Jaan_Tonisson_(Lasteleht), lk 196
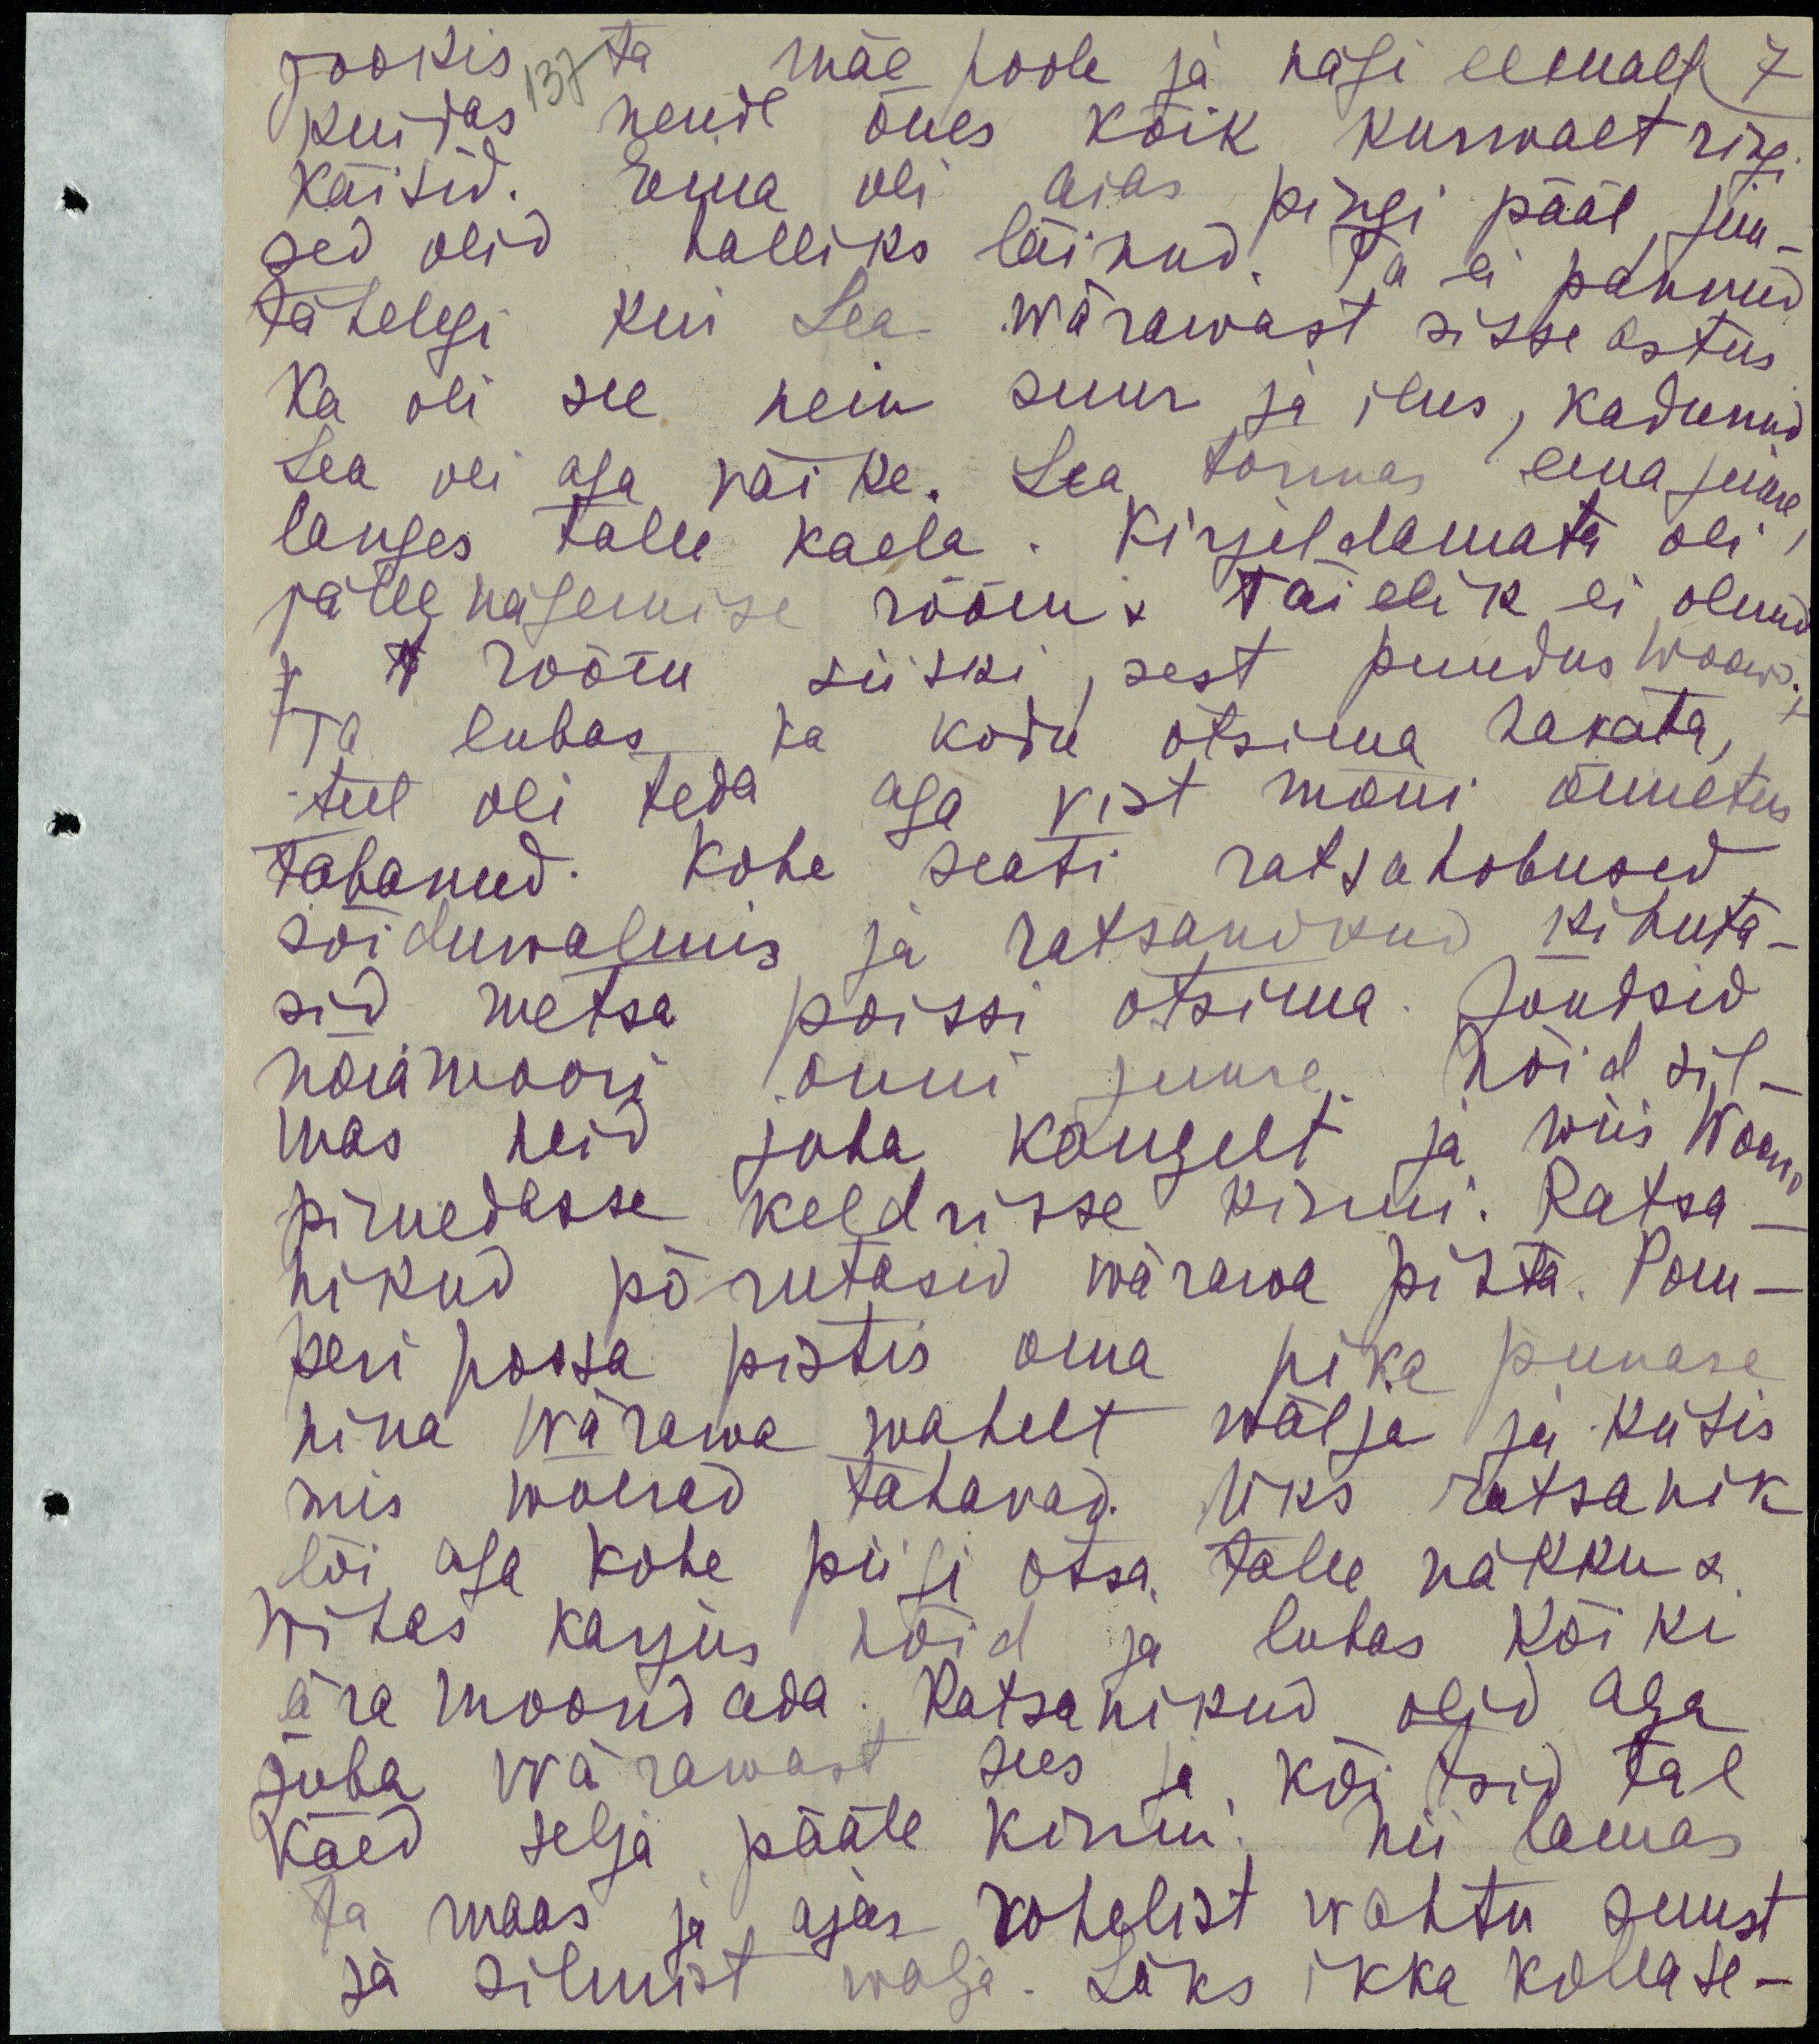
jooksis 137 ta mäe poole ja nägi eemalt 7
kuidas nende õues kõik kurwalt ringi
käisid. Ema oli aias pingi pääl, juu-
sed olid halliks läinud. Ta ei pannud
tähelegi kui Lea wärawast sisse astus.
Ka oli see sein suur ja ilus, kadunud
Lea oli aga väiike. Lea tormas ema juurde,
langes talle kaela. Kirjaldamata oli
palee nägemise rõõm. Täielik ei olnud
rõõm siiski, sest puudus Woowo.
Ta lubas ka kodu otsima hakata,
teel oli teda aga vist mõni õnnetus
tabanud. Kohe seati ratsahobused
sõiduvalmis ja ratsanikud kihuta-
sid metsa poissi otsima. Jõudsid
nõiamoori onni juurde. Nõid sil-
mas neid juba kaugelt ja wiis Woowo
pimedasse keldrisse kinni. Ratsa-
nikud pürutasid wärawa pihta. Pom-
peripossa pistis oma pika punase
nina wärawa wahelt wälja ja küsis
mis waesed tahavad, Üks ratsanik
lõi aga kohe piigi otsa talle näkku a.
nitas karjus nõid ja lubas kõiki
ära moondada. Ratsanikud olid aga 
juba wärawast sees ja kõitsid tal
käed selja pääle kinni. Nii lamas
ta maas ja ajas rohelist wahtu suust
ja silmist wälja, Läks ikka kollaste-